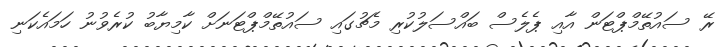
ރޭ ސައުތޭމްޕްޓަން އާއި ޕެލެސް ބައްސަލުކުރި މެޗުގައި ސައުތޭމްޕްޓަނަށް ކާމިޔާބު ކުރެވުނު ހަމައެކަނި